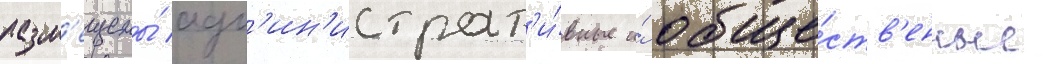
разм'ещены́ адм'ин'истрат'и́вные и́ обще́ств'енные